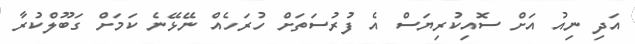
އަދި ނިއު އަށް ސޮއިކުރިޔަސް އެ ފުރުސަތަށް ހުރަހެއް ނޭޅޭނެ ކަމަށް ގަބޫލްކުރާ